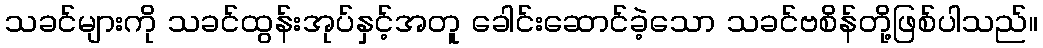
သခင်များကို သခင်ထွန်းအုပ်နှင့်အတူ ခေါင်းဆောင်ခဲ့သော သခင်ဗစိန်တို့ဖြစ်ပါသည်။